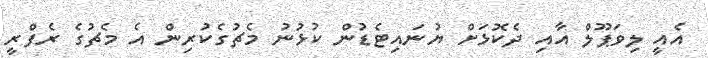
އެއީ ލިވަޕޫލް އާއި ދެކޮޅަށް ޔުނައިޓެޑުން ކުޅުނު މެޗުގެކުރިން އެ މެޗުގެ ރެފްރީ